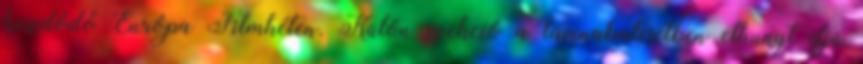
kezdődő Európa Filmhéten. Külön szekció a lavinabalesetben elhunyt ifjú